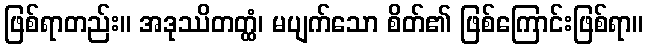
ဖြစ်ရာတည်း။ အဒုဿိတတ္ထံ၊ မပျက်သော စိတ်၏ ဖြစ်ကြောင်းဖြစ်ရာ။